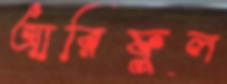
আরিফুল